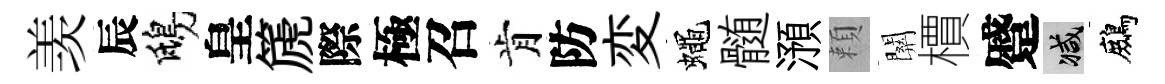
羡辰鴟皇篪際極召肯防変蠅髄澦頼關檟蹙减鷓